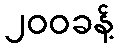
၂၀၀ခန့်